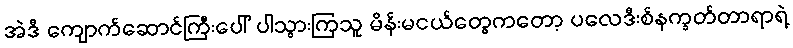
အဲဒီ ကျောက်ဆောင်ကြီးပေါ် ပါသွားကြသူ မိန်းမငယ်တွေကတော့ ပလေဒီးစ်နက္ခတ်တာရာရဲ့